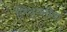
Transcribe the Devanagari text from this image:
लिथुयनीया